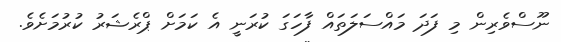
ނޫސްވެރިން މި ފަދަ މައްސަލަތައް ފާހަގަ ކުރަނީ އެ ކަމަށް ޕްރެޝަރު ކުރުމަށެވެ.